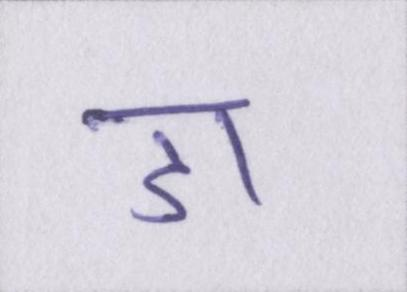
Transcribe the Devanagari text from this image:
डा